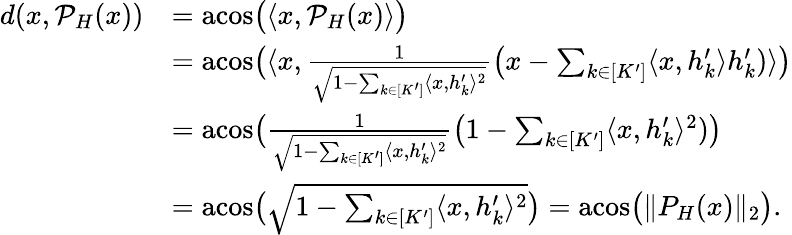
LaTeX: \begin{array}{rl}{d(x,\mathcal{P}_{H}(x))}&{=\mathrm{acos}\big(\langle x,\mathcal{P}_{H}(x)\rangle\big)}\\ &{=\mathrm{acos}\big(\langle x,\frac{1}{\sqrt{1-\sum_{k\in[K^{\prime}]}\langle x,h_{k}^{\prime}\rangle^{2}}}\big(x-\sum_{k\in[K^{\prime}]}\langle x,h_{k}^{\prime}\rangle h_{k}^{\prime})\rangle\big)}\\ &{=\mathrm{acos}\big(\frac{1}{\sqrt{1-\sum_{k\in[K^{\prime}]}\langle x,h_{k}^{\prime}\rangle^{2}}}\big(1-\sum_{k\in[K^{\prime}]}\langle x,h_{k}^{\prime}\rangle^{2})\big)}\\ &{=\mathrm{acos}\big(\sqrt{1-\sum_{k\in[K^{\prime}]}\langle x,h_{k}^{\prime}\rangle^{2}}\big)=\mathrm{acos}\big(\| P_{H}(x)\| _{2}\big).}\end{array}